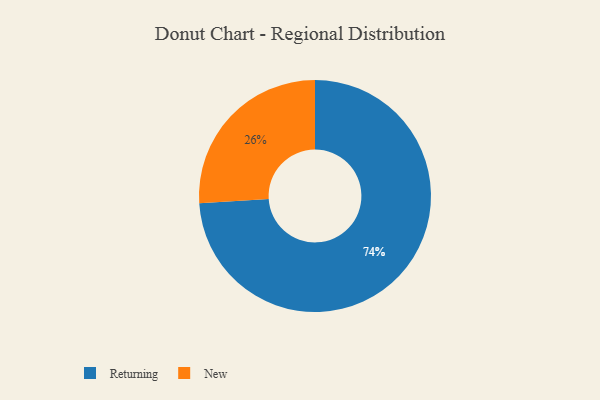
{"axis": {"x": "Category", "y": "Percentage"}, "legend": ["New", "Returning"], "data": [{"x": "Returning", "y": 74, "type": "Returning"}, {"x": "New", "y": 26, "type": "New"}]}